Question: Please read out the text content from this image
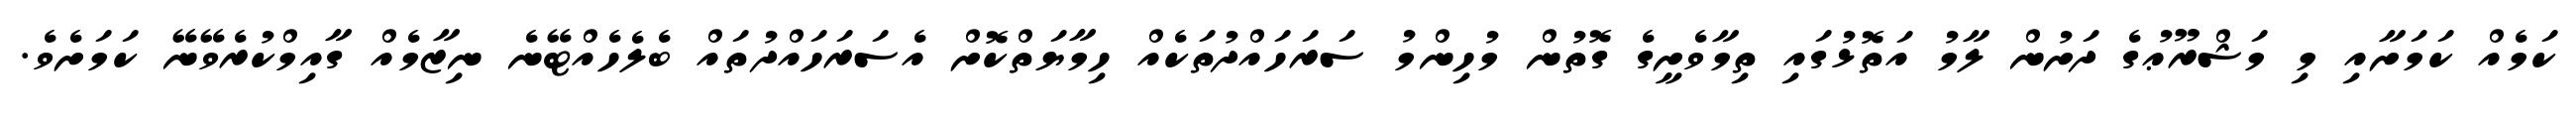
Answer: ކަމެއް ކަމަށާއި މި މަޝްރޫޢުގެ ދަށުން ލާމު އަތޮޅުގައި ތިމާވެށީގެ ގޮތުން މުހިންމު ސަރަހައްދުތަކެއް ހިމާޔަތްކޮށް އެސަރަހައްދުތައް ބެލެހެއްޓޭނެ ނިޒާމެއް ގާއިމްކުރެވޭނޭ ކަމަށެވެ.